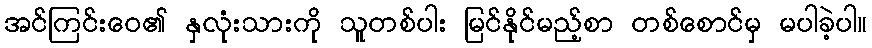
အင်ကြင်းဝေ၏ နှလုံးသားကို သူတစ်ပါး မြင်နိုင်မည့်စာ တစ်စောင်မှ မပါခဲ့ပါ။